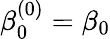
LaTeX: \beta_{0}^{(0)}=\beta_{0}